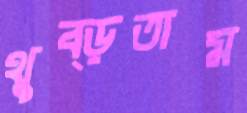
থুব্‌ড়তাম